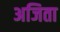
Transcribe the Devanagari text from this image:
अजिता